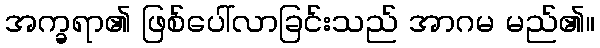
အက္ခရာ၏ ဖြစ်ပေါ်လာခြင်းသည် အာဂမ မည်၏။